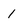
Character: 1